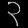
Digit: ၃